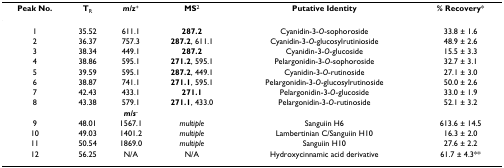
<table><thead><tr><td><b>Peak No.</b></td><td><b>T<sub>R</sub></b></td><td><b><i>m/z</i><sup>+</sup></b></td><td><b>MS<sup>2</sup></b></td><td><b>Putative Identity</b></td><td><b>% Recovery*</b></td></tr></thead><tbody><tr><td>1</td><td>35.52</td><td>611.1</td><td><b>287.2</b></td><td>Cyanidin-3-<i>O</i>-sophoroside</td><td>33.8 ± 1.6</td></tr><tr><td>2</td><td>36.37</td><td>757.3</td><td><b>287.2</b>, 611.1</td><td>Cyanidin-3-<i>O</i>-glucosylrutinioside</td><td>48.9 ± 2.6</td></tr><tr><td>3</td><td>38.34</td><td>449.1</td><td><b>287.2</b></td><td>Cyanidin-3-<i>O</i>-glucoside</td><td>15.5 ± 3.3</td></tr><tr><td>4</td><td>38.86</td><td>595.1</td><td><b>271.2</b>, 595.1</td><td>Pelargonidin-3-<i>O</i>-sophoroside</td><td>32.7 ± 3.1</td></tr><tr><td>5</td><td>39.59</td><td>595.1</td><td><b>287.2</b>, 449.1</td><td>Cyanidin-3-<i>O</i>-rutinoside</td><td>27.1 ± 3.0</td></tr><tr><td>6</td><td>38.87</td><td>741.1</td><td><b>271.1</b>, 595.1</td><td>Pelargonidin-3-<i>O</i>-glucosylrutinoside</td><td>50.0 ± 2.6</td></tr><tr><td>7</td><td>42.43</td><td>433.1</td><td><b>271.1</b></td><td>Pelargonidin-3-<i>O</i>-glucoside</td><td>33.0 ± 1.9</td></tr><tr><td>8</td><td>43.38</td><td>579.1</td><td><b>271.1</b>, 433.0</td><td>Pelargonidin-3-<i>O</i>-rutinoside</td><td>52.1 ± 3.2</td></tr><tr><td></td><td></td><td><b><i>m/s</i></b><sup>-</sup></td><td></td><td></td><td></td></tr><tr><td>9</td><td>48.01</td><td>1567.1</td><td><i>multiple</i></td><td>Sanguiin H6</td><td>613.6 ± 14.5</td></tr><tr><td>10</td><td>49.03</td><td>1401.2</td><td><i>multiple</i></td><td>Lambertinian C/Sanguiin H10</td><td>16.3 ± 2.0</td></tr><tr><td>11</td><td>50.54</td><td>1869.0</td><td><i>multiple</i></td><td>Sanguiin H10</td><td>27.6 ± 2.2</td></tr><tr><td>12</td><td>56.25</td><td>N/A</td><td>N/A</td><td>Hydroxycinnamic acid derivative</td><td>61.7 ± 4.3**</td></tr></tbody></table>